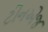
ટીનએજ